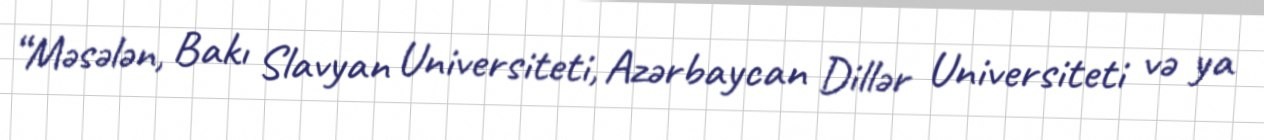
“Məsələn, Bakı Slavyan Universiteti, Azərbaycan Dillər Universiteti və ya